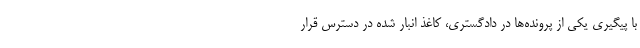
با پیگیری یکی از پرونده‌ها در دادگستری، کاغذ انبار شده در دسترس قرار